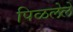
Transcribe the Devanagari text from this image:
पिळलेले